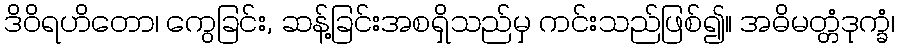
ဒိဝိရဟိတော၊ ကွေခြင်း, ဆန့်ခြင်းအစရှိသည်မှ ကင်းသည်ဖြစ်၍။ အဓိမတ္တံဒုက္ခံ၊